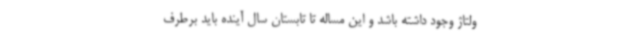
ولتاژ وجود داشته باشد و این مساله تا تابستان سال آینده باید برطرف